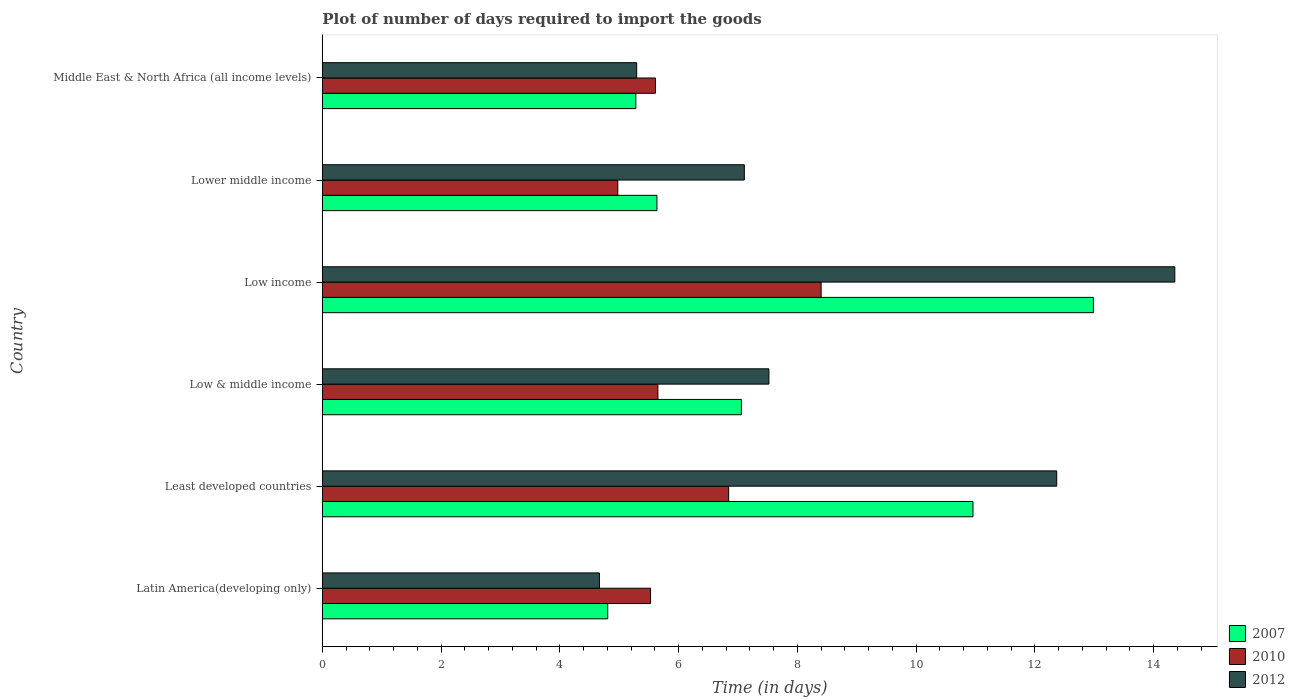
| Country | 2007 | 2010 | 2012 |
 | --- | --- | --- | --- |
 | Latin America(developing only) | 4.81 | 5.53 | 4.67 |
 | Least developed countries | 11 | 6.84 | 12.4 |
 | Low & middle income | 7.06 | 5.65 | 7.52 |
 | Low income | 13 | 8.4 | 14.4 |
 | Lower middle income | 5.63 | 4.98 | 7.11 |
 | Middle East & North Africa (all income levels) | 5.28 | 5.61 | 5.29 |